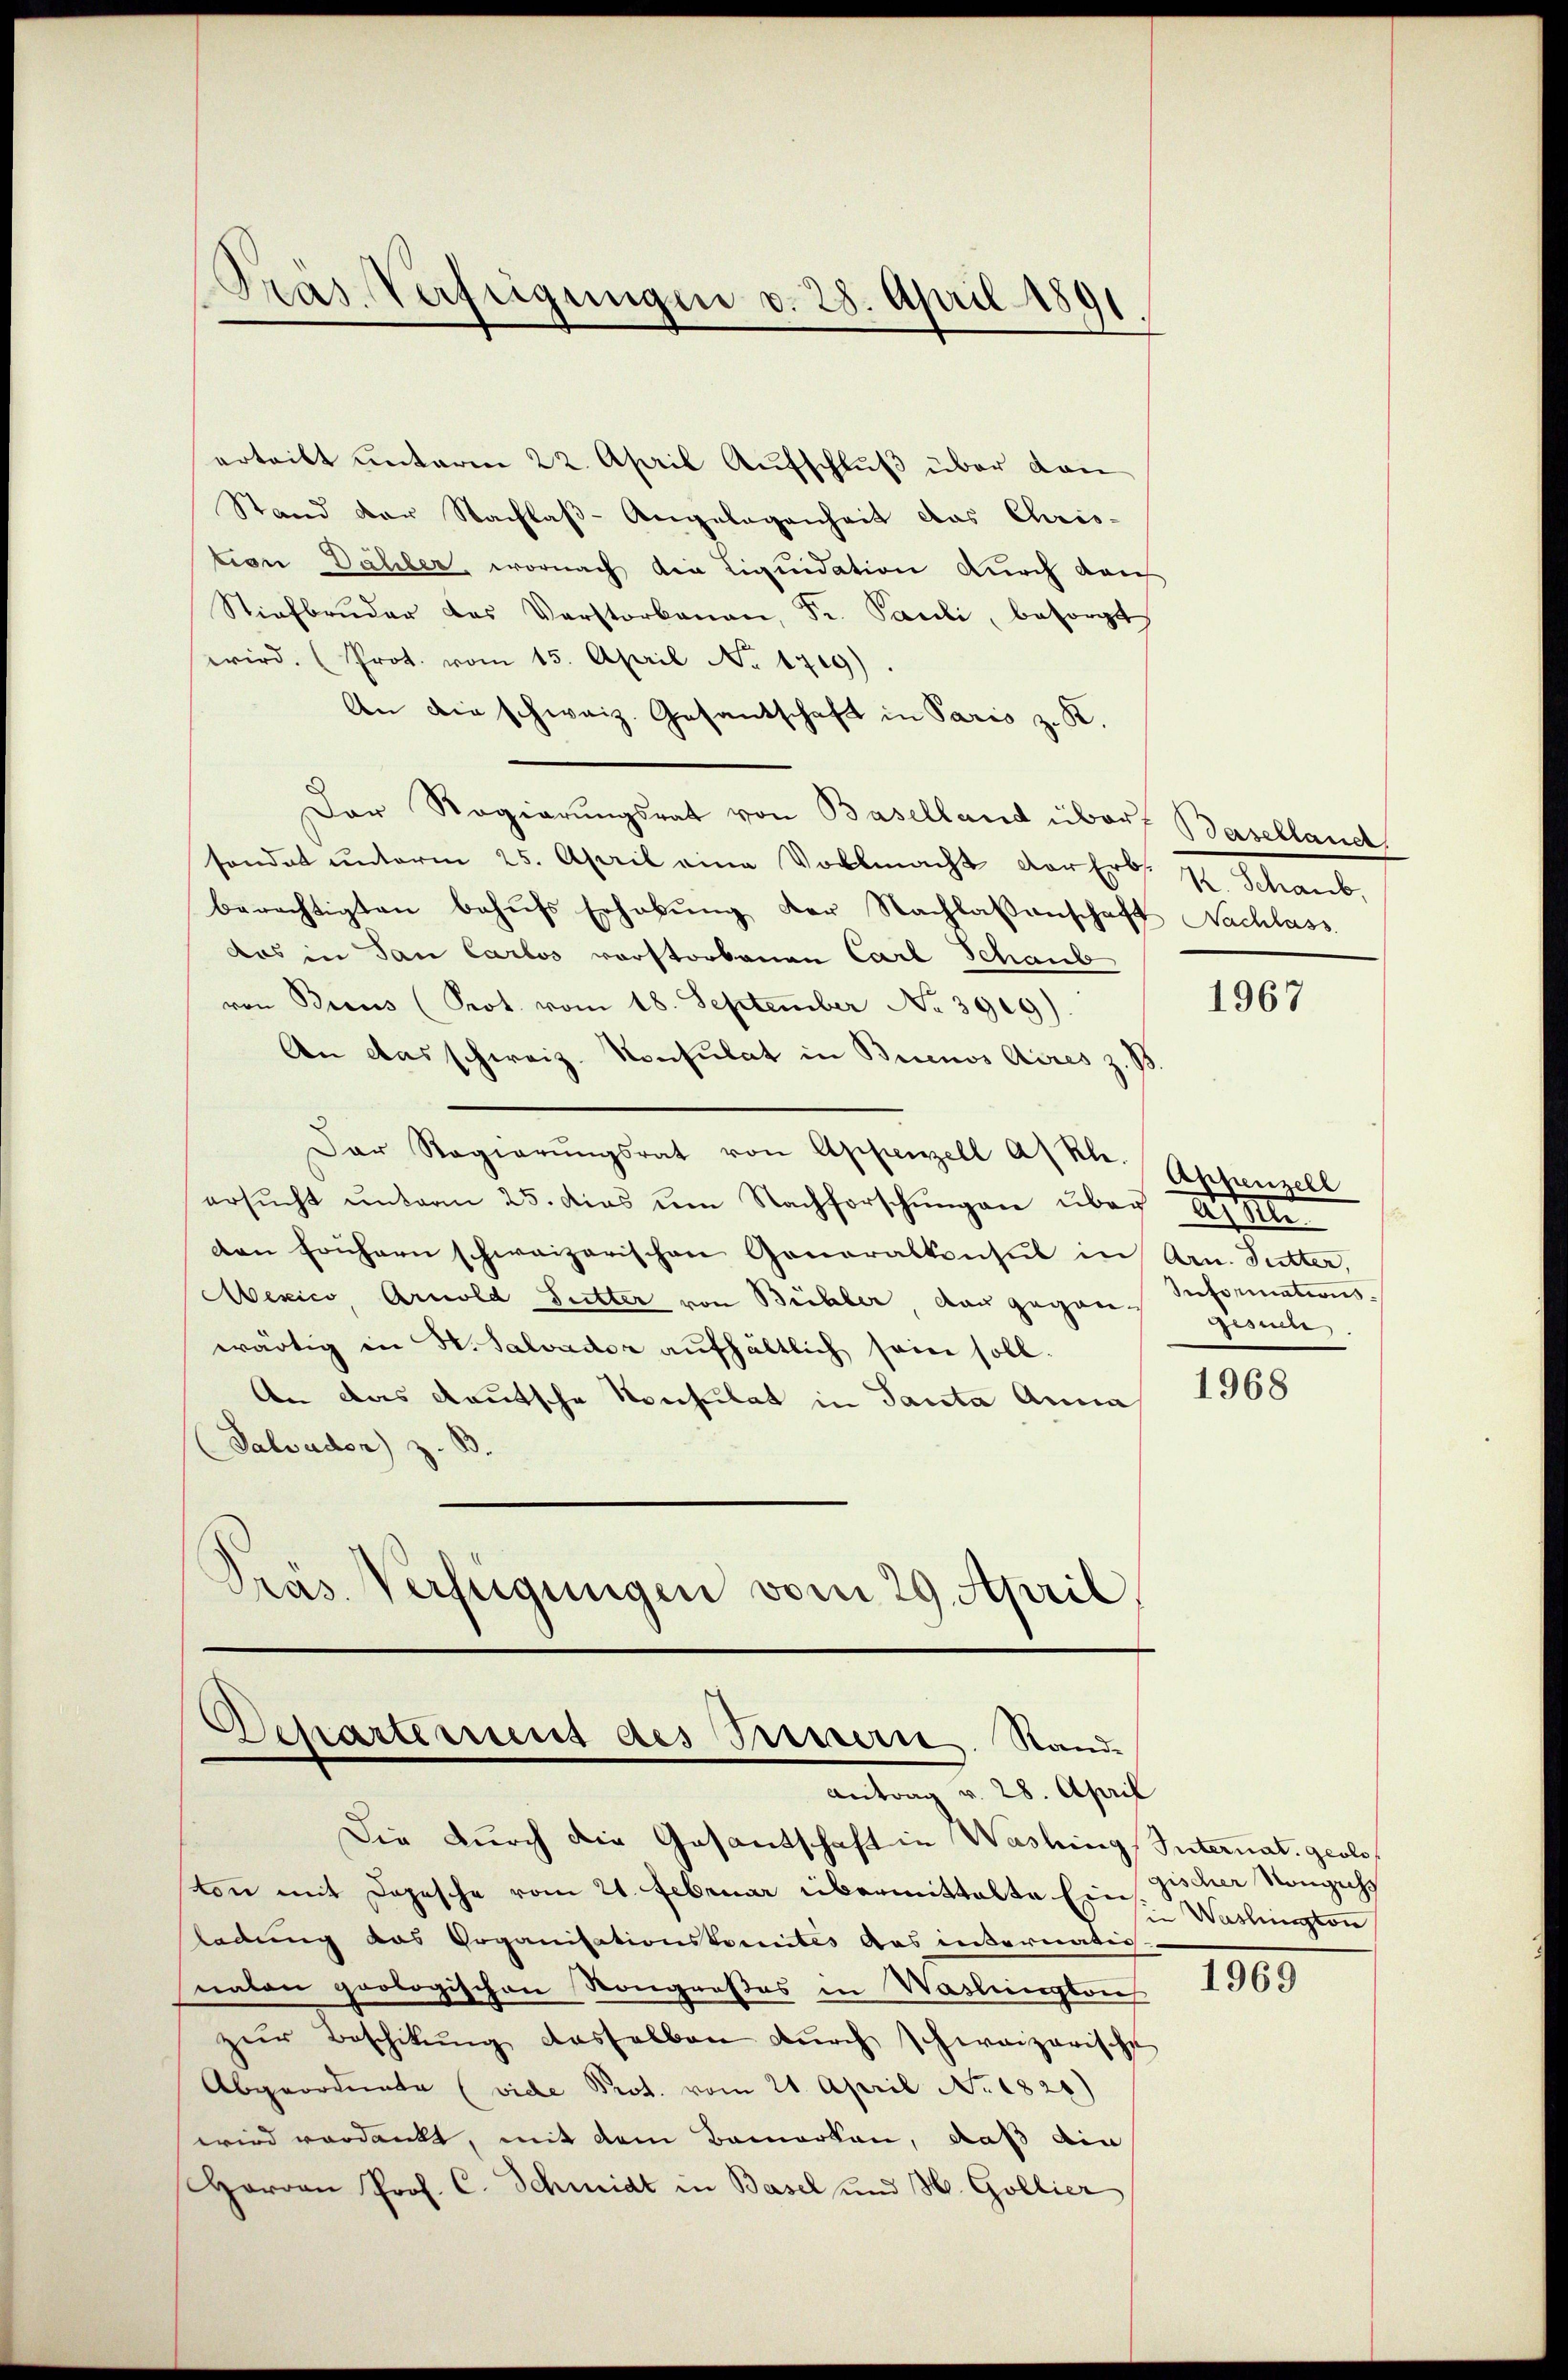
Pras Verfügungen v. 28. April 1891

ertritt unterm 22. April Aufschluß über dan
Stand der Nachlaß-Angelegenheit das Chris-
tion Dähler, wornach die Liquidation durch dach
Stiefbruder das Verstorbenen, Fr. Pauli, besorgt
wird. (Prot. vom 15. April No 1719).
An die schweiz. Gesantschaft in Paris z. K.
Der Regierungsrat von Baselland über Baselland
sondert unterm 25. April eine Vollmacht der Erbs Schaub
berechtigten behŭfs Erhabŭng der Nachlassenschaft Nachlass
das in San Carlos vorstorbenen Carl Schaub
von Brus (Prot. vom 18. September No. 3909).
An das schweiz. Konsulat in Buenos Aires z
Der Regierŭngsrat von Appenzell Akle.
ersŭcht ŭnterm 25. dies um Nachforschŭngen über 1910.
den frühern schweizerischen Generalkonsul in Arn. Sutter,
Mexico, Arnold Futter von Büchler den gegang gesuche.
wärtig in H. Salvador aufhältlich sein soll.
An das Rautsche Konsulat in Pacta Anna
Salvader) z. B.
Präs. Verfügungen vom 29. April,

Departement des Treuern. Rand
Antrag v. 28. April

Die durch die Gasantschaft in Washing Internat. geoloton mit Depesche vom 21. Februar übermittalte Ein zischer Nongechs
ladung das Organisationskomités das internatio
nalen prologischen Rongroßes in Waslungson
zŭr Beschikŭng dasselben dŭrch schweizerische
Abgeordnete (vide Prot. vom 21. April No. 1821)
wird verdankt, mit dem Bemerken, daß die
Herrn Prof. C. Schmidt in Basel und H. Gollier

1967

Anhenzell
sreformations¬

1968

in Washington

1969